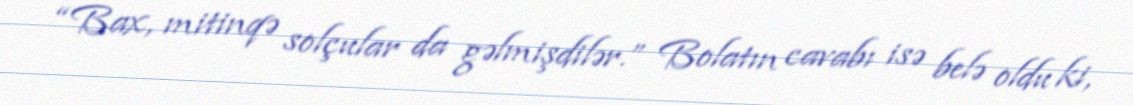
“Bax, mitinqə solçular da gəlmişdilər.” Bolatın cavabı isə belə oldu ki,